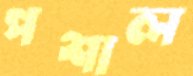
পশাল